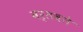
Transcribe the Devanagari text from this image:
वर्तवते